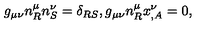
g _ { \mu \nu } n _ { R } ^ { \mu } n _ { S } ^ { \nu } = \delta _ { R S } , g _ { \mu \nu } n _ { R } ^ { \mu } x _ { , A } ^ { \nu } = 0 ,